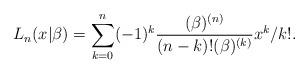
LaTeX: \begin{align*}L_{n}(x|\beta )=\sum_{k=0}^{n}(-1)^{k}\frac{(\beta )^{(n)}}{(n-k)!(\beta)^{(k)}}x^{k}/k!. \end{align*}